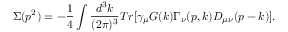
\Sigma ( p ^ { 2 } ) = - \frac { 1 } { 4 } \int \frac { d ^ { 3 } k } { ( 2 \pi ) ^ { 3 } } T r \lbrack \gamma _ { \mu } G ( k ) \Gamma _ { \nu } ( p , k ) D _ { \mu \nu } ( p - k ) \rbrack .